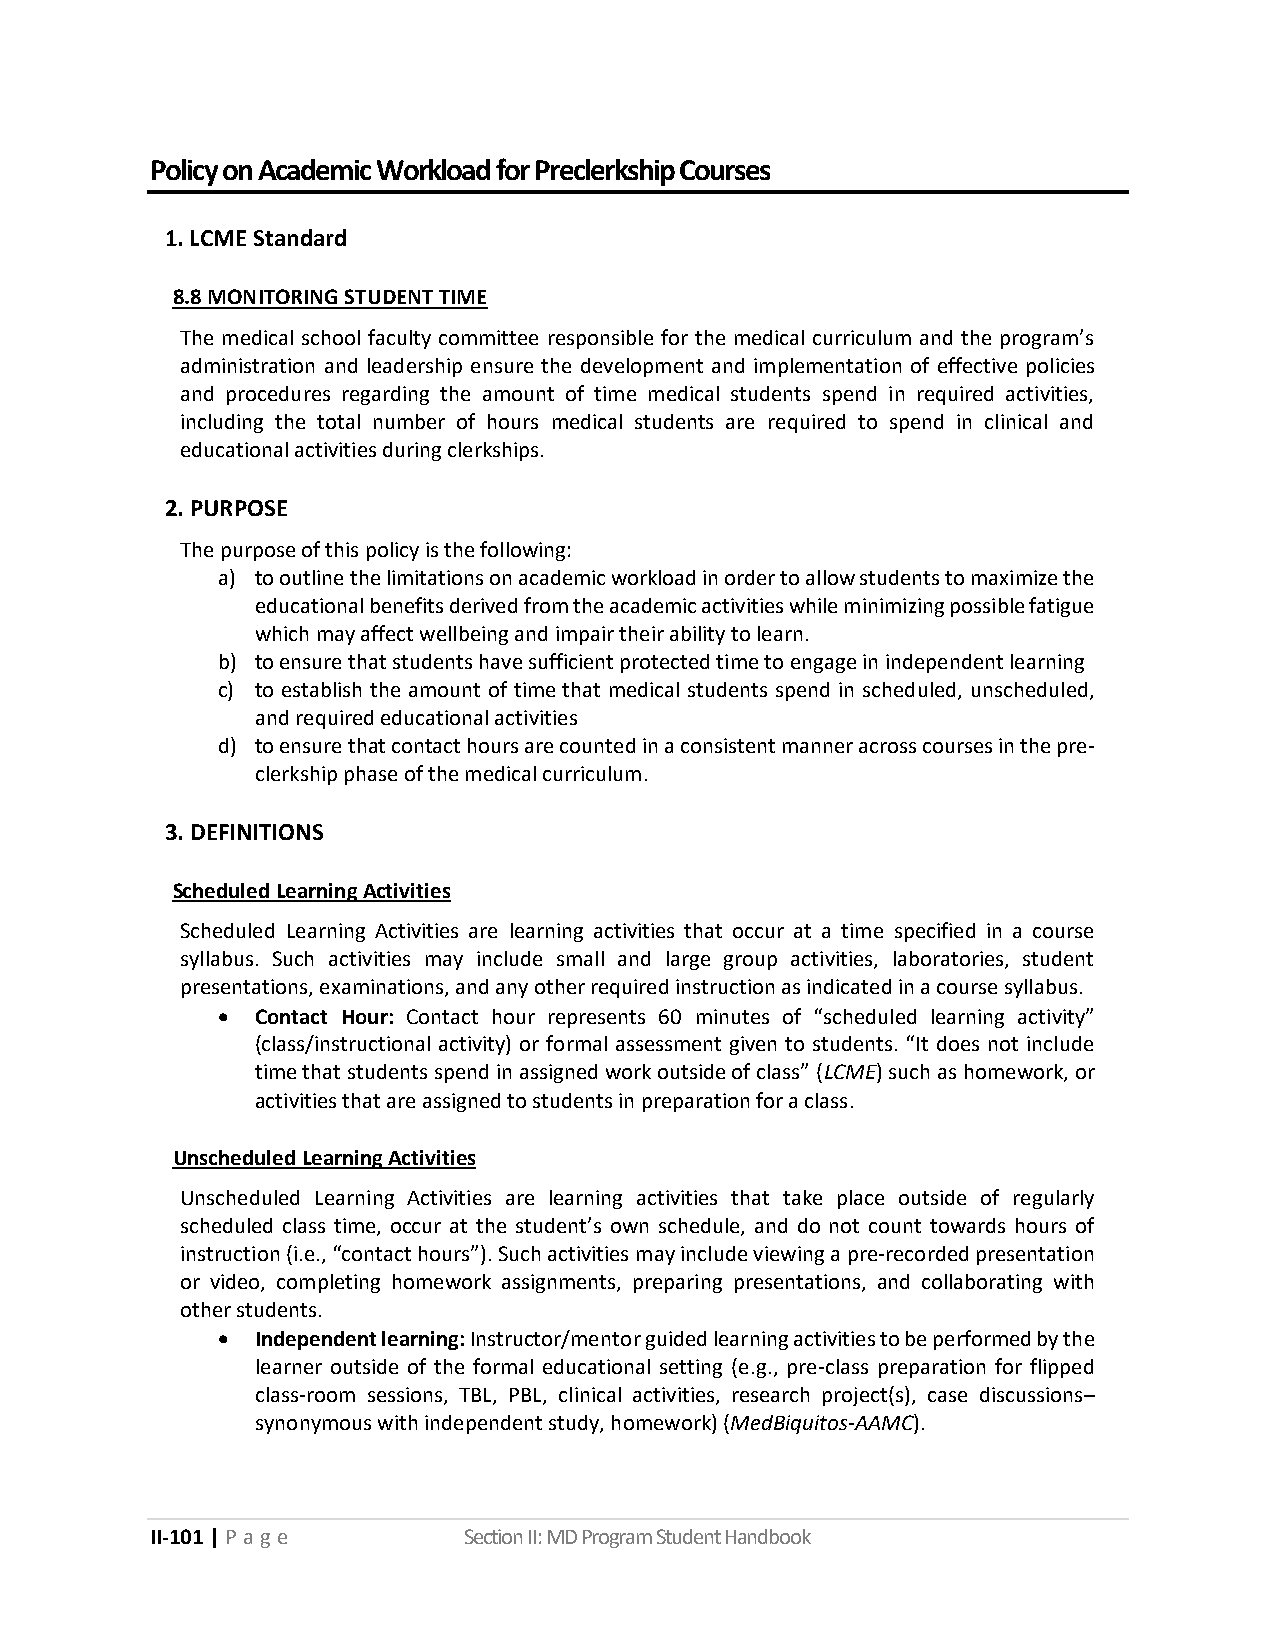
Policy on Academic Workload for Preclerkship Courses
 1. LCME Standard
 8.8 MONITORING STUDENT TIME
 The medical school faculty committee responsible for the medical curriculum and the program’s
 administration and leadership ensure the development and implementation of effective policies
 and procedures regarding the amount of time medical students spend in required activities,
 including the total number of hours medical students are required to spend in clinical and
 educational activities during clerkships.
 2. PURPOSE
 The purpose of this policy is the following:
 a) to outline the limitations on academic workload in order to allow students to maximize the
 educational benefits derived from the academic activities while minimizing possible fatigue
 which may affect wellbeing and impair their ability to learn.
 b) to ensure that students have sufficient protected time to engage in independent learning
 c) to establish the amount of time that medical students spend in scheduled, unscheduled,
 and required educational activities
 d) to ensure that contact hours are counted in a consistent manner across courses in the pre-
 clerkship phase of the medical curriculum.
 3. DEFINITIONS
 Scheduled Learning Activities
 Scheduled Learning Activities are learning activities that occur at a time specified in a course
 syllabus. Such activities may include small and large group activities, laboratories, student
 presentations, examinations, and any other required instruction as indicated in a course syllabus.
 •  Contact Hour: Contact hour represents 60 minutes of “scheduled learning activity”
 (class/instructional activity) or formal assessment given to students. “It does not include
 time that students spend in assigned work outside of class” (LCME) such as homework, or
 activities that are assigned to students in preparation for a class.
 Unscheduled Learning Activities
 Unscheduled Learning Activities are learning activities that take place outside of regularly
 scheduled class time, occur at the student’s own schedule, and do not count towards hours of
 instruction (i.e., “contact hours”). Such activities may include viewing a pre-recorded presentation
 or video, completing homework assignments, preparing presentations, and collaborating with
 other students.
 •  Independent learning: Instructor/mentor guided learning activities to be performed by the
 learner outside of the formal educational setting (e.g., pre-class preparation for flipped
 class-room sessions, TBL, PBL, clinical activities, research project(s), case discussions–
 synonymous with independent study, homework) (MedBiquitos-AAMC).
 II-101 | P a ge      Section II: MD Program Student Handbook